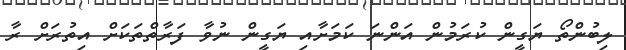
ލިބުންތޯ ޔަގީން ކުރަމުން އަންނަ ކަމަށާއި ޔަގީން ނުވާ ފަރާތްތަކަށް އިތުރަށް ރާ